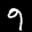
Label: 9